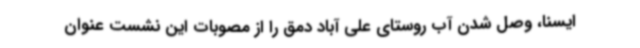
ایسنا، وصل شدن آب روستای علی آباد دمق را از مصوبات این نشست عنوان